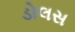
ડોલસ